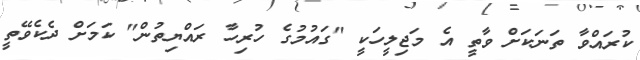
ކުރައްވާ ތަނަކަށް ވާތީ އެ މަޖިލީހަކީ "ގައުމުގެ ހުރިހާ ރައްޔިތުން" ކަމަށް ދެކެވޭތީ